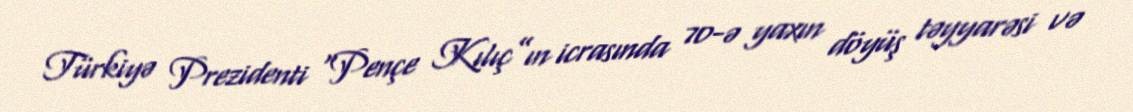
Türkiyə Prezidenti “Pençe Kılıç”ın icrasında 70-ə yaxın döyüş təyyarəsi və